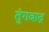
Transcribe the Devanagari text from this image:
तुंगबाद्र